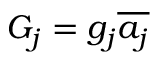
G _ { j } = g _ { j } \overline { { a _ { j } } }